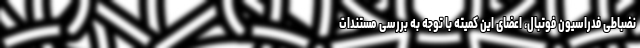
نضباطی فدراسیون فوتبال، اعضای این کمیته با توجه به بررسی مستندات